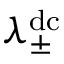
\lambda _ { \pm } ^ { \mathrm { d c } }